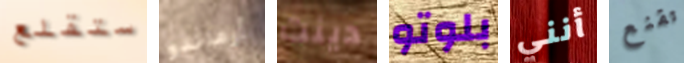
ستقلع أرماندو دينت بلوتو أنني تقنع